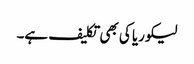
لیکوریا کی بھی تکلیف ہے۔